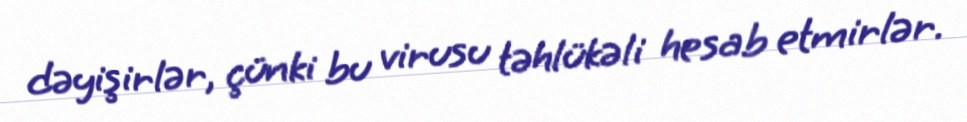
dəyişirlər, çünki bu virusu təhlükəli hesab etmirlər.